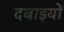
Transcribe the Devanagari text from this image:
दबाइयों